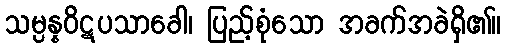
သမ္ပန္နဝိဋပသာခေါ၊ ပြည့်စုံသော အခက်အခဲရှိ၏။